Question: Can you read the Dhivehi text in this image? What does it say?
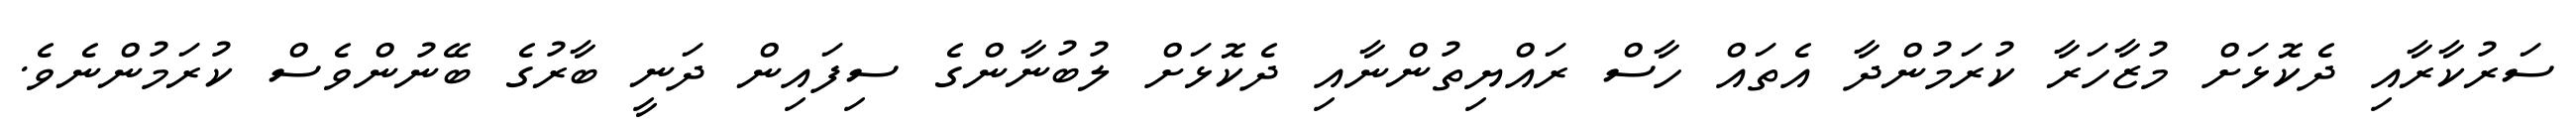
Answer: ސަރުކާރާއި ދެކޮޅަށް މުޒާހަރާ ކުރަމުންދާ އެތައް ހާސް ރައްޔިތުންނާއި ދެކޮޅަށް ލުބުނާންގެ ސިފައިން ދަނީ ބާރުގެ ބޭނުންވެސް ކުރަމުންނެވެ.